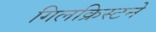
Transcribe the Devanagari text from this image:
गिलक्रिस्टने